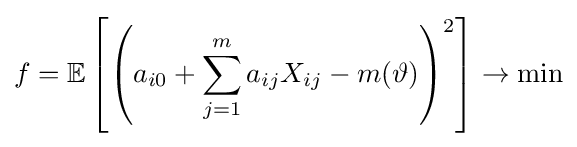
f=\mathbb {E} \left[\left(a_{i0}+\sum _{j=1}^{m}a_{ij}X_{ij}-m(\vartheta )\right)^{2}\right]\to \min